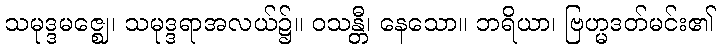
သမုဒ္ဒမဇ္ဈေ၊ သမုဒ္ဒရာအလယ်၌။ ဝသန္တီ၊ နေသော။ ဘရိယာ၊ ဗြဟ္မဒတ်မင်း၏